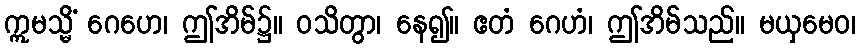
ဣမသ္မိံ ဂေဟေ၊ ဤအိမ်၌။ ဝသိတွာ၊ နေ၍။ ဧတံ ဂေဟံ၊ ဤအိမ်သည်။ မယှမေဝ၊